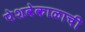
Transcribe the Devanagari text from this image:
पेशवेकाळाची